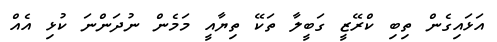
އަޅައިގެން ތިބި ކްރޭޒީ ގަބީލާ ތަކޭ ތިޔާއީ މަމެން ނުދަންނަ ކުޅި އެއް